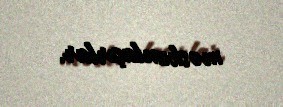
məskunlaşırlar.